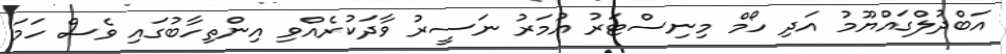
އަބްދުލްގައްޔޫމު އަދި ހޯމް މިނިސްޓަރު އުމަރު ނަސީރު ވާދަކުރެއްވި އިންތިހާބުގައި ވެސް ހަމަ